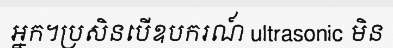
អ្នក។ប្រសិនបើឧបករណ៍ ultrasonic មិន